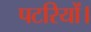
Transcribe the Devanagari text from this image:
पटरियों।